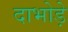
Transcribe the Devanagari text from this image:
दाभोड़े